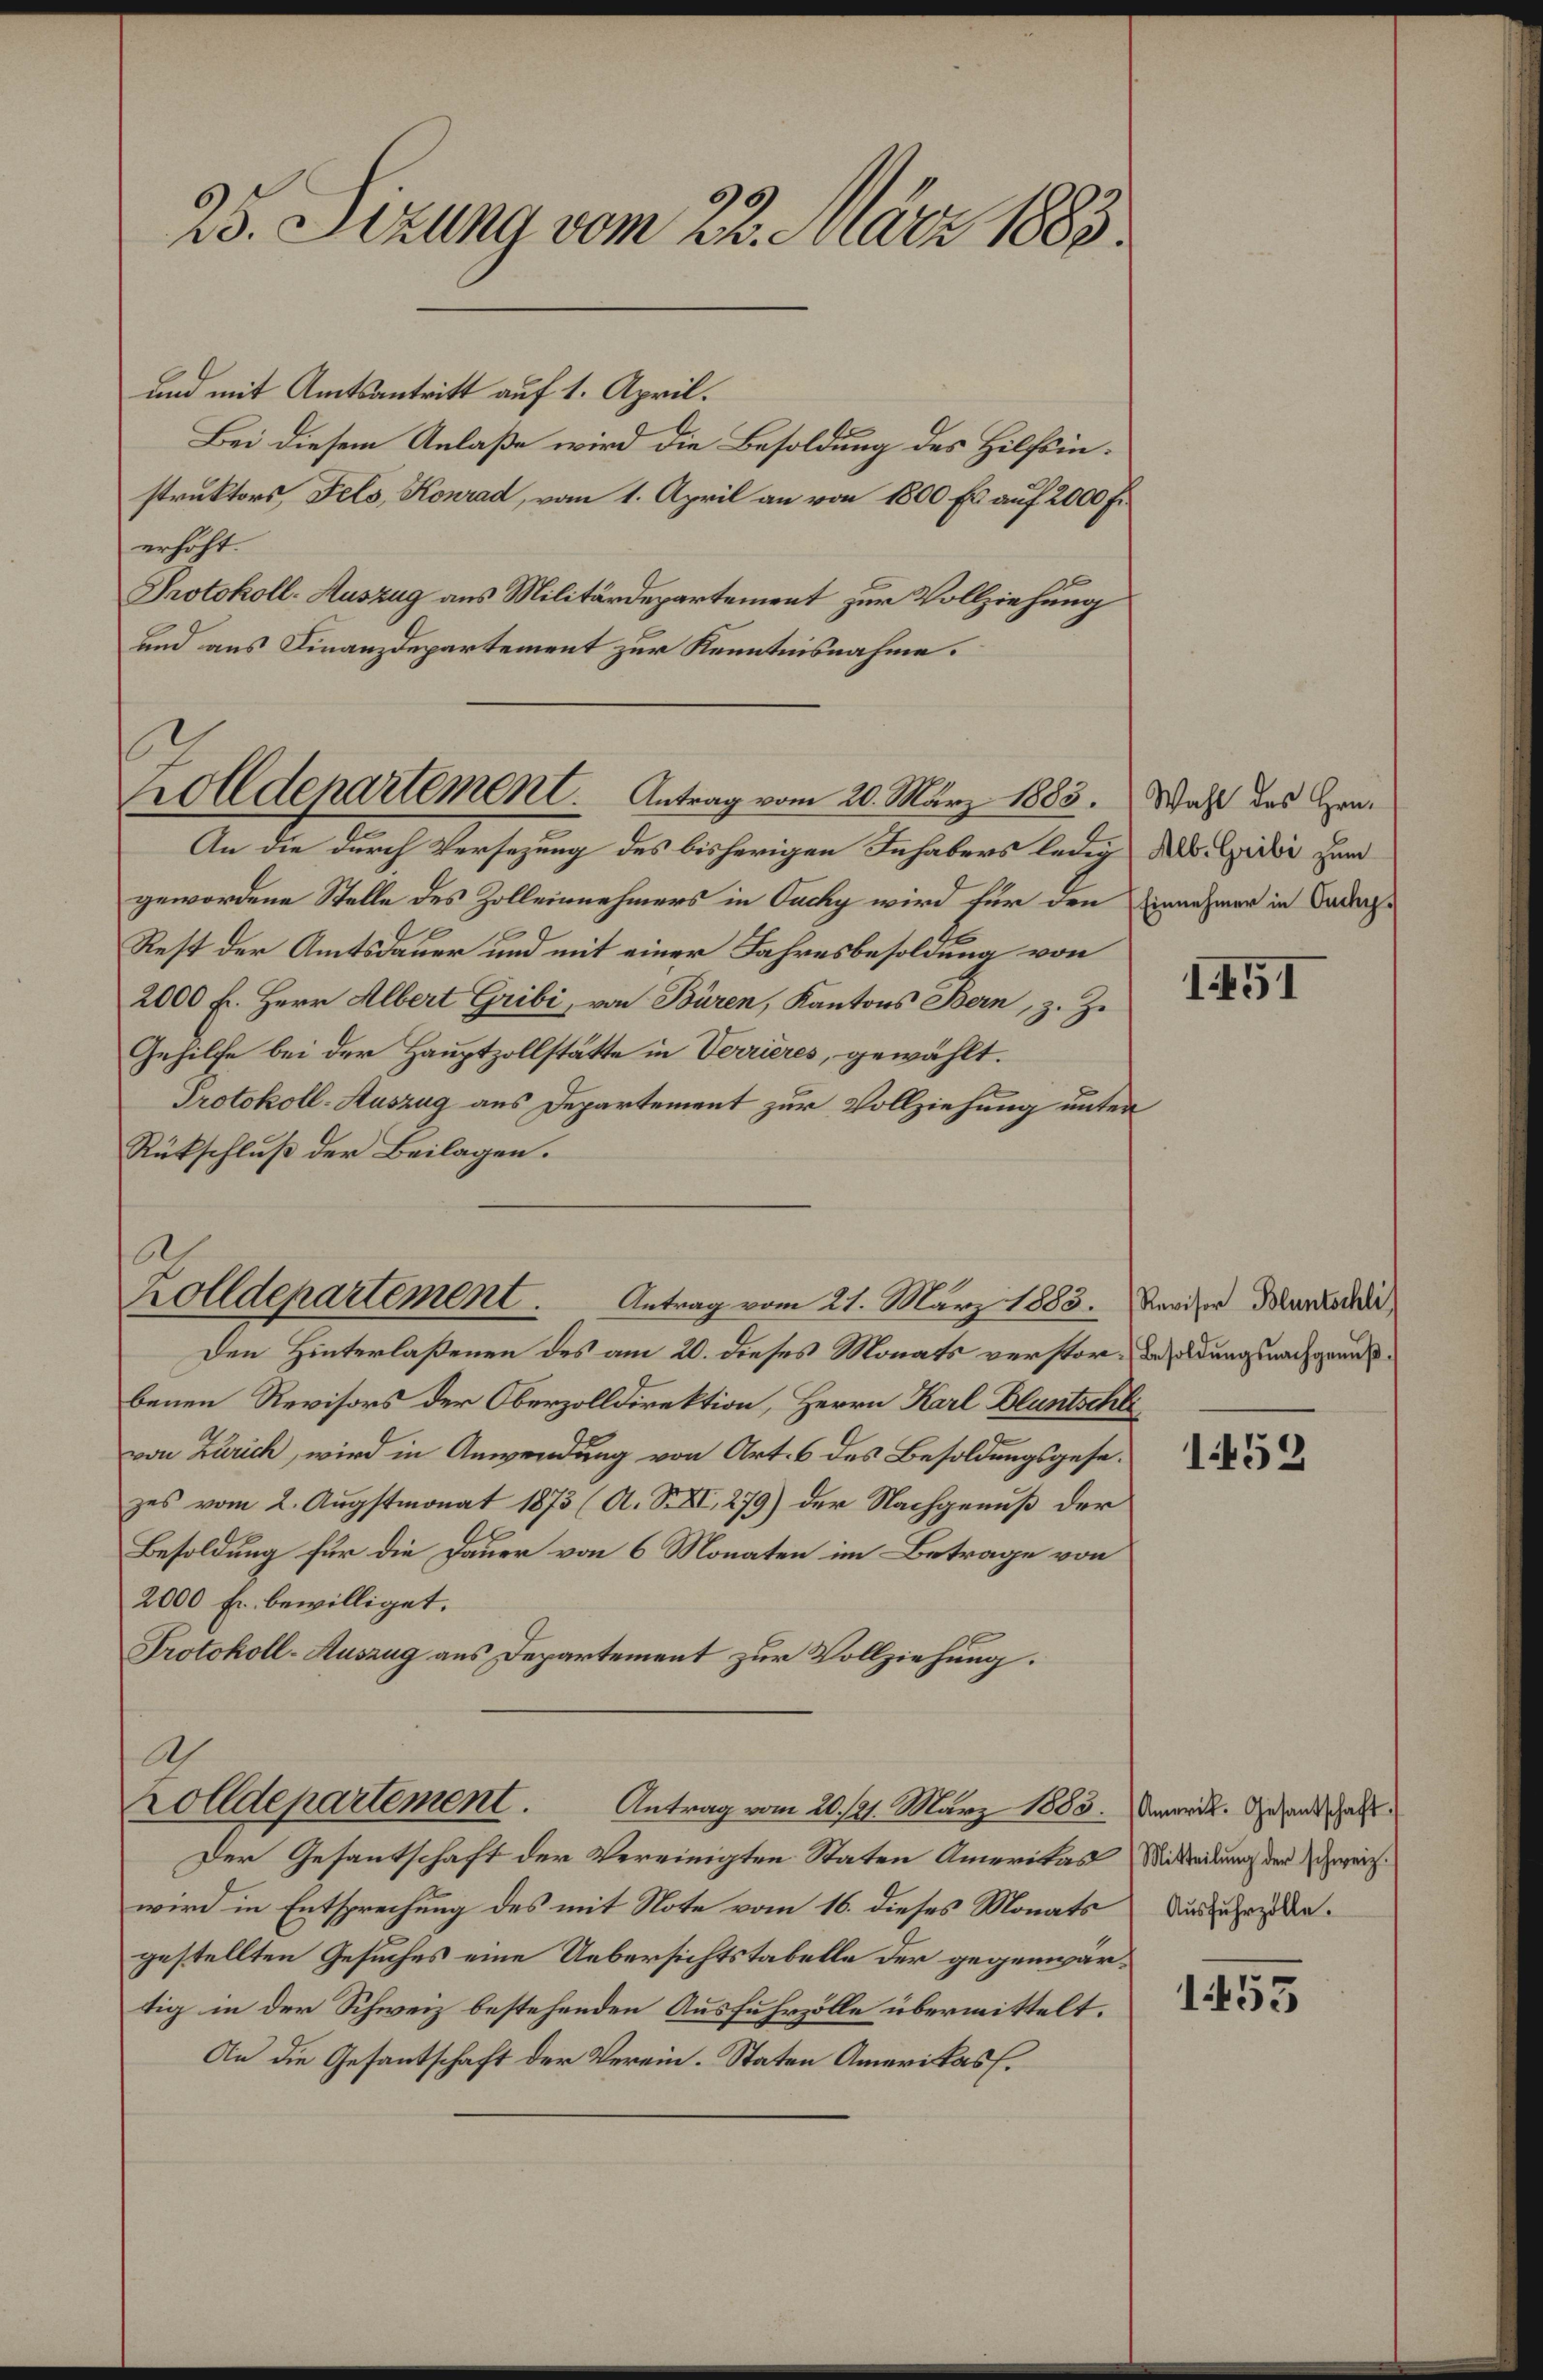
s hg arn t trr e.
Lad it Antntitt auf1. April¬
Bei diesen Anlase wird die Besoldung des Holsin.
struttrt Sels Romat, vom 1. Apeil n von 0 E. auf 200 he
erhöht
Dolskoll tarrng aus Militärdezartement zur Vollziehung
nd vns inanzduparteent zur Srnntuknahe
 Waht des Hern
. Mbs Heibi zum
Einehmr in Andg
1t
tepartmenl. Aatuag am 21.Mar 88t.
An die durch Versehung des bisherigen Sehabers leds
gewordene Salle des Zolleinnehmers in Fakg wird für den
Rest der Amtdsk und mit einer hresbesoldene von
200 f. Herr Alll eibi vn nn, Kantons eMan, z. Z.
Gehile bei der Hauztzolstätte in Damues, gewählt.
Drolokoll tarng aus dezartement zur Vollziehung uten
Sütschlußs der Beilagen.
trmtser Mortadli
basoldungsurach gerus¬
1458
rAlderartement. Antag eom 21. Mar 1885
den Hinterlaßenen des am 2. Dieses Morats verstor
benen Revisors der Oberzoldirettion, Herrn al Atnr
rn Bbik, wird in Awendung von Arteb des Besoldungsgese
zes vom 2. Augstmonat 18751A. St 29) der Nachgenuß der
Besoldung für die Dken vom 6 Monaten in Betrage von
2000 fe bewilliget.
Folokoll taang aus Dezartement zur Vollziehung.
rmrit. Gesaetsthaft
Mittailurg der schwrei
Auführplte.
1452
oAAepuartnenet.   Atrag am 2./ Mu 1883
Der Gesutschaft der Vereieigten Staten eritss
wird in Entsprechung des mit Note vom 16. Dieses Morats
gestellten Gesuches eine Uebersichtstabelle der gegengär
tig in den Schweiz bestehrnden Aushihrolle übermittelt.
An die Gesantschaft der Verein. Statn Amaritesf